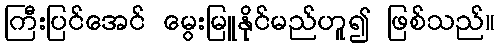
ကြီးပြင်အေင် မွေးမြူနိုင်မည်ဟူ၍ ဖြစ်သည်။